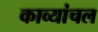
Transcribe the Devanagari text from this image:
काव्यांचल